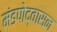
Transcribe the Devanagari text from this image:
मंडपोद्वासन